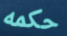
حكمه